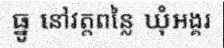
ធ្នូ នៅវត្តពន្លៃ ឃុំអង្គរ